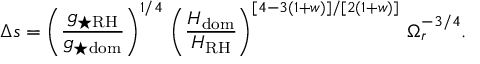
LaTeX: \Delta s = \left( \frac { g _ { \star \mathrm { R H } } } { g _ { \star \mathrm { d o m } } } \right) ^ { 1 / 4 } \, \left( \frac { H _ { \mathrm { d o m } } } { H _ { \mathrm { R H } } } \right) ^ { [ 4 - 3 ( 1 + w ) ] / [ 2 ( 1 + w ) ] } \, \Omega _ { r } ^ { - 3 / 4 } .